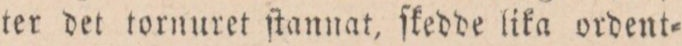
ter det tornuret ſtannat, ſkedde lika ordent=